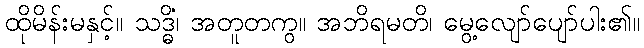
ထိုမိန်းမနှင့်။ သဒ္ဓိံ၊ အတူတကွ။ အဘိရမတိ၊ မွေ့လျော်ပျော်ပါး၏။